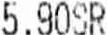
5.90SR